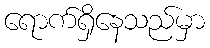
ရောက်ရှိနေသည်မှာ